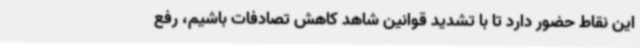
این نقاط حضور دارد تا با تشدید قوانین شاهد کاهش تصادفات باشیم، رفع